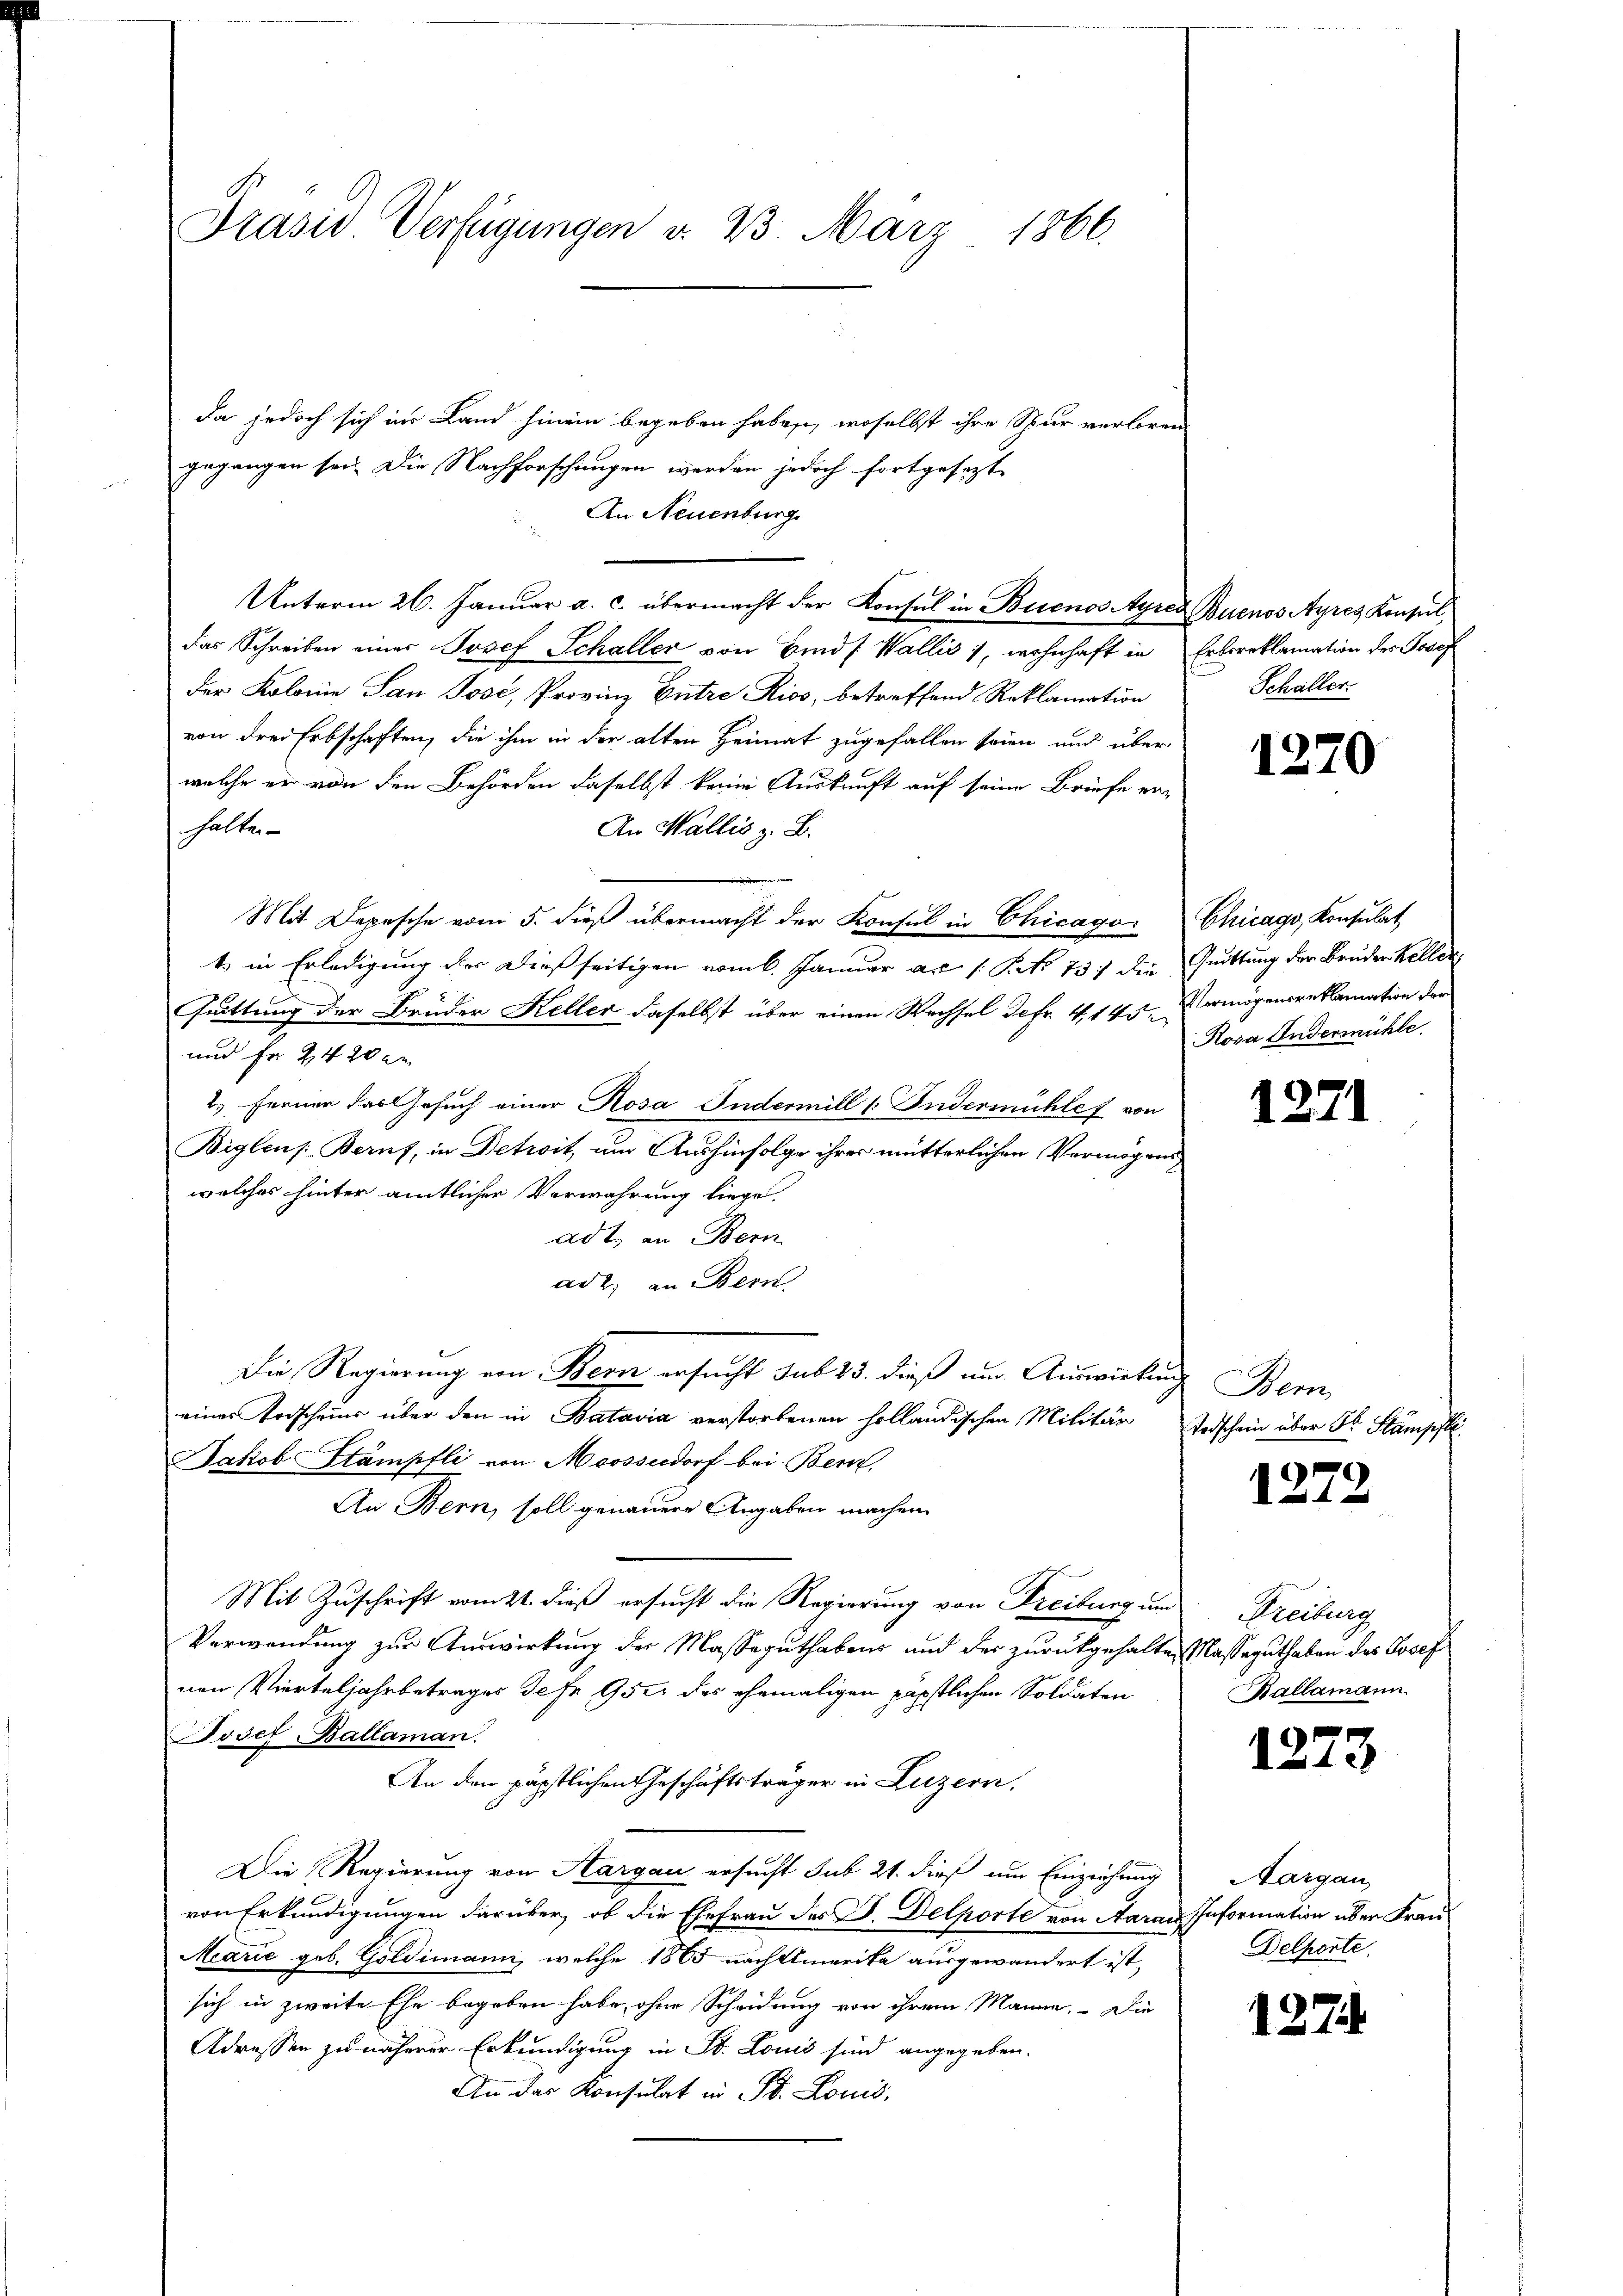
Präsid. Verfügungen d. 23. März 1866.

Da jedoch sich ins Land hinein begeben haben, woselbst ihre Spur verloren
gegangen sei. Die Nachforschungen werden jedoch fortgesezt
An Neuenburg.
Unterm 26. Januar a. c. übermacht der Konsul in Buenos Ayres Buenos Ayres Konsuldas Schreiben einer Josef Schaller von Bindf Wallis), wohnhaft in Erbereklamation des Josef
der Kolonie San Josi, Provinz Entre Kios, betreffend Reklamation
von drei Erbschaften, die ihm in der alten Heimat zugefallen seien und über
welche er von den Behörden daselbst keine Auskunft auf seine Briefe ein
halte
An Wallis z. B.
Mit Depesche vom 5. dieß übermacht der Konsul in Chicago Chicago, Konsulat
1. in Erledigung der dießseitigen vom 6. Januar a. 1. No 13. die Quittung der Bruden Keller
uittung der Brüder Keller daselbst über einen Wechsel defr. 4. 145. Vermögensreklamation der
und fr 24 20 de
2.) Ferner das Gesuch einer Rosa Indermill (Indermühle von
Biglens Bern, in Detroit, um Aushinfolge ihrer mütterlichen Vermögens
welches hinter amtlicher Verwahrung liege.
adt, an Bern
ad 2. an Bern
Die Regierung von Bern ersucht sub 23. dieß um Auswirkung
eines Todscheins über den in Batavia verstorbenen holländischen Militär
Jakob Stämpfli von Moosseldorf bei Bern,
An Bern, soll genauere Angaben machen.
Mit Zuschrift vom 21. dieß ersucht die Regierung von Freiburg und Freiburg
Verwendung zur Auswirkung der Masseguthabens und der zurückgehalten Masseguthaben des Josef
nen, Vierteljahrbetrages Defr 952 des ehemaligen päpstlichen Soldaten
Josef Ballaman.
An den päpstlichen Geschäftsträger in Luzern,
Die Regierung von Aargau ersucht sub 21. dieß um Einziehung
von Erkundigungen darüber, ob die Ehefrau des J. Delporte von Aaraus Information über Frau¬
Marie geb. Goldimann, welche 1865 nach Amerika ausgewandert ist,
sich in zweite Ehe begeben habe, ohne Scheidung von ihrem Manne. Die
Adressen zu näherer Erkundigung in St. Louis sind angegeben.
An das Konsulat in St. Louis,

Schaller.

1270

Rosa Andermühle.

1271

Bern
Todschein über der Stampft.

1272

Kallamann

1273

Aargau
Delporte.

1274